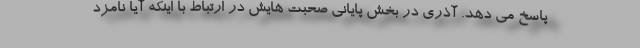
پاسخ می دهد. آذری در بخش پایانی صحبت هایش در ارتباط با اینکه آیا نامزد